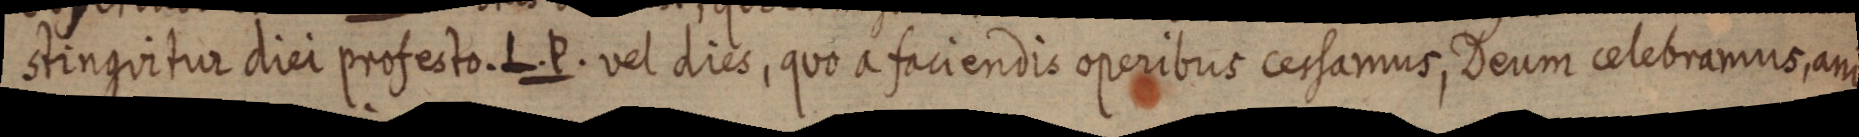
stinguitur diei profesto. L. P. vel dies, quo a faciendis operibus cersamus, Deum celebramus, ani